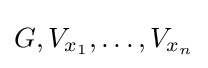
G,V_{x_{1}},\dots ,V_{x_{n}}